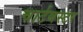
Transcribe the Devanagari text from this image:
चार्टबस्टर